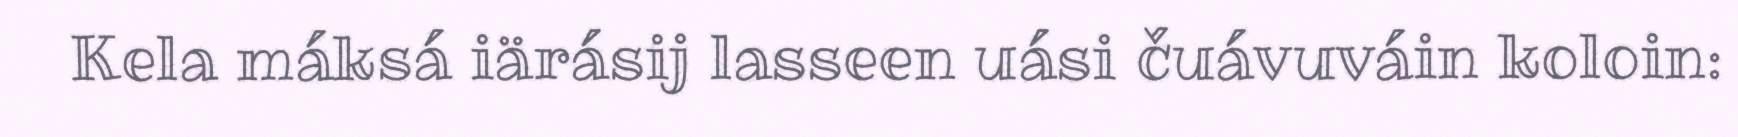
Kela máksá iärásij lasseen uási čuávuváin koloin: